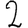
Digit: 2